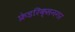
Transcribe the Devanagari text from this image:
फ्रेडरिक्सनगर